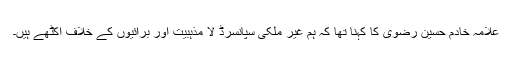
علامہ خادم حسین رضوی کا کہنا تھا کہ ہم غیر ملکی سپانسرڈ لا مذہبیت اور برائیوں کے خلاف اکٹھے ہیں۔